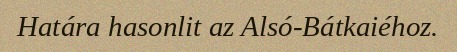
Határa hasonlit az Alsó-Bátkaiéhoz.